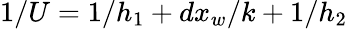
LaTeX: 1/U=1/h_{1}+dx_{w}/k+1/h_{2}